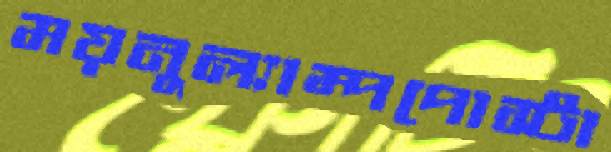
ময়নুল্যাম্পপোস্টা